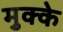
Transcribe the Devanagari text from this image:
मुक्‍के